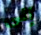
إلى